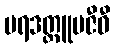
ပရဒတ္တူပဇီဝီ